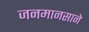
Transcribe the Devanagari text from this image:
जनमानसाने